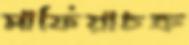
মাফিয়াচক্র